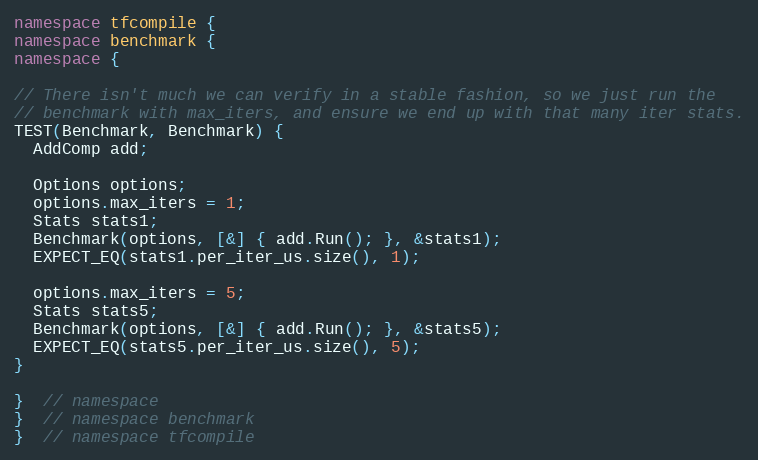
Language: C++
namespace tfcompile {
namespace benchmark {
namespace {

// There isn't much we can verify in a stable fashion, so we just run the
// benchmark with max_iters, and ensure we end up with that many iter stats.
TEST(Benchmark, Benchmark) {
  AddComp add;

  Options options;
  options.max_iters = 1;
  Stats stats1;
  Benchmark(options, [&] { add.Run(); }, &stats1);
  EXPECT_EQ(stats1.per_iter_us.size(), 1);

  options.max_iters = 5;
  Stats stats5;
  Benchmark(options, [&] { add.Run(); }, &stats5);
  EXPECT_EQ(stats5.per_iter_us.size(), 5);
}

}  // namespace
}  // namespace benchmark
}  // namespace tfcompile